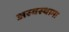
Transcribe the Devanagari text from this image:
अस्वस्थामा